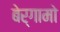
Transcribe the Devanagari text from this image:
बेर्गामो